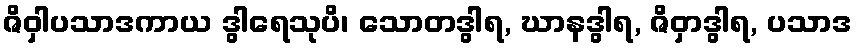
ဇိဝှါပသာဒကာယ ဒွါရေသုပိ၊ သောတဒွါရ, ဃာနဒွါရ, ဇိဝှာဒွါရ, ပသာဒ